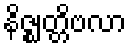
နိဇ္ဈတ္တိဗလာ